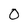
Character: O